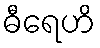
ဓီရေဟိ